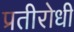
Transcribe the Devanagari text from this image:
प्रतीरोधी